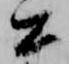
公